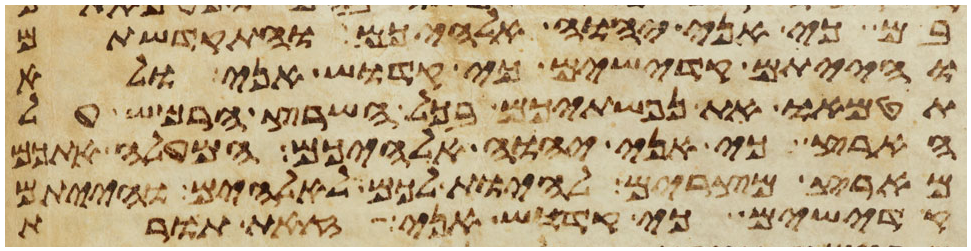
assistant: בם כי אני יהוה אלהיכם והתקדשתם
והייתם קדישים כי קדוש אני ולא
תטמאו את נפשתיכם בכל השרץ הרמש על
הארץ כי אני יהוה אלהיכם המעלה אתכם
מארץ מצרים להיות לכם לאלהים והייתם
קדישים כי קדוש אני זאת תורת